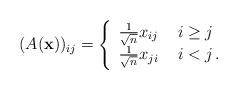
LaTeX: \begin{align*}(A(\mathbf{x}))_{ij}=\left\{\begin{array}[c]{ll}\frac{1}{\sqrt{n}}x_{ij}\ & i\geq j\\\frac{1}{\sqrt{n}}x_{ji}\ & i<j\,.\end{array}\right. \end{align*}